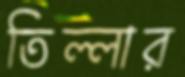
তিল্লার